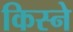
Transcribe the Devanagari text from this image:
किस्ने